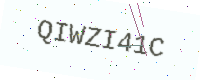
Text: QIWZI41C